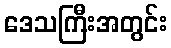
ဒေသကြီးအတွင်း